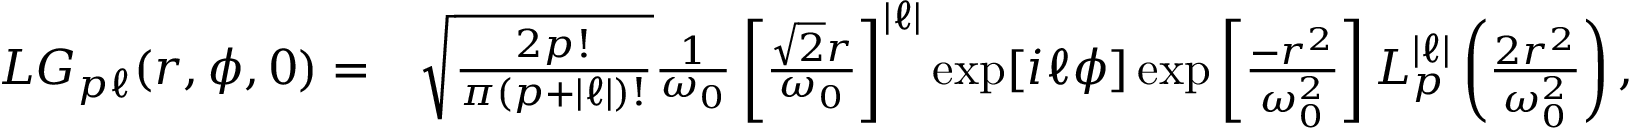
\begin{array} { r l } { L G _ { p \ell } ( r , \phi , 0 ) = } & { { } \sqrt { \frac { 2 p ! } { \pi ( p + | \ell | ) ! } } \frac { 1 } { \omega _ { 0 } } \left[ \frac { \sqrt { 2 } r } { \omega _ { 0 } } \right] ^ { | \ell | } \exp [ i \ell \phi ] \exp \left[ \frac { - r ^ { 2 } } { \omega _ { 0 } ^ { 2 } } \right] L _ { p } ^ { | \ell | } \left( \frac { 2 r ^ { 2 } } { \omega _ { 0 } ^ { 2 } } \right) , } \end{array}